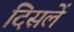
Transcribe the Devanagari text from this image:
दिसलें